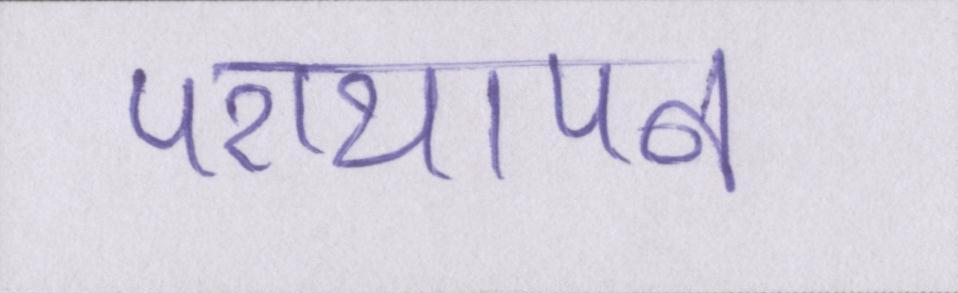
परायापन